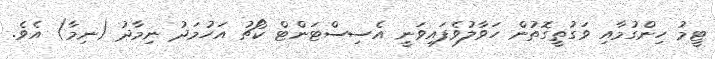
ޓީމު ހިންގުމާއި ވަގުތީގޮތުން ހަވާލުވެފައިވަނީ އެސިސްޓަންޓް ކޯޗު އަހުމަދު ނިމާދު (ނިމާ) އެވެ.